system: You are a helpful assistant.
user:
Analyze the provided spectrum to determine if it is a **White Dwarf (WD)**.

A White Dwarf spectrum is defined by its **extreme purity** (due to gravitational settling) and/or **extreme pressure broadening** (due to high surface gravity). You must check for one of the following mutually exclusive signatures:

- **Key Visual Indicators (Check for ONE of these types):**

    - **1. DA-Type Signature (Most Common):**
        - **(Primary Feature):** Extreme pressure broadening (Stark broadening) of the **Hydrogen (H) Balmer lines**.
        - **(Key Lines):** $H\beta$ (approx. $4861$ Å) and $H\gamma$ (approx. $4340$ Å). $H\alpha$ (approx. $6563$ Å) will also be present if the wavelength range covers it.
        - **(Line Profile):** This is the **defining feature**. The lines are **NOT** sharp. They appear as massive, **extremely broad and deep "troughs" or "dips"** in the spectrum, often hundreds of Ångströms wide. The continuum will appear to "scoop" down at these wavelengths.
        - **(Distinction):** Normal A-type or B-type stars have *narrow* and *sharp* Hydrogen lines. A DA White Dwarf's lines are unmistakably "smeared" or "blurry" from pressure.

    - **2. DB-Type Signature:**
        - **(Primary Feature):** Broad absorption lines from **Neutral Helium (He I)**. The spectrum must lack any visible Hydrogen lines.
        - **(Key Lines):** Look for broad absorption near $4471$ Å, $4921$ Å, and $5876$ Å.
        - **(Line Profile):** These lines are also significantly pressure-broadened, appearing much wider than they would in a normal B-type main-sequence star.

    - **3. DC-Type Signature:**
        - **(Primary Feature):** A **featureless continuous spectrum**.
        - **(Line Profile):** The spectrum is a smooth curve with **no significant absorption or emission lines**.
        - **(Key Confirmation):** The continuum is almost always **blue or white**, indicating a hot object. This signature implies the atmosphere is so pure (or so cool) that no spectral lines are visible in the optical range. Its WD identity is confirmed by its extremely low intrinsic brightness (high absolute magnitude).

    - **4. DZ-Type Signature (Metal-Polluted):**
        - **(Primary Feature):** **Isolated, narrow metal absorption lines** on an otherwise featureless (DC-like) continuum.
        - **(Key Lines):** The **Calcium (Ca II) H & K doublet** (approx. **$3934$ Å** and **$3968$ Å**) is the most common and defining feature.
        - **(Line Profile):** These lines are "out of place." They are *not* part of a "forest" of thousands of lines. This signature is evidence of recent *accretion* (pollution) from rocky debris.
        - **(Distinction):** Normal G/K/M stars have a *dense forest* of thousands of metal lines. A DZ has a *clean* continuum with *only a few* strong metal lines.

    - **5. DQ-Type Signature (Carbon-Polluted):**
        - **(Primary Feature):** Absorption bands from **Carbon (C₂ "Swan Bands" or atomic C I)**.
        - **(Key Lines - C₂):** Look for bandheads with a "saw-tooth" shape near $5635$ Å, **$5165$ Å** (strongest), and $4737$ Å.
        - **(Key Confirmation):** The underlying **continuum must be blue or white** (hot).
        - **(Distinction):** This is the critical difference from a **Carbon Star**, which has the *exact same* C₂ bands but on an extremely **red, cool** continuum.

- **(Overall Spectrum):**
    - The continuum (overall shape) is typically **blue-sloping** (brighter in the blue than the red), as most white dwarfs are very hot.
    - The spectrum will look "pure" or "simple," dominated by only *one* of the five signatures listed above.

Think first, call **spectral_visualization_tool** if needed to examine features in detail, then provide your final answer. Your response must adhere to the following strict rules:
1.  **Overall Structure:** Your response must follow the format `<think>...</think> <tool_call>...</tool_call> (if a tool is used) <answer>...</answer>`.
2.  **Tool Usage Constraint:** You may only make **one** tool call per turn.
3.  **Final Answer Format:** In the `<answer>` tag, your conclusion must be inside a `\boxed{}` command (e.g., `\boxed{YES}` or `\boxed{NO}`), followed by your justification.

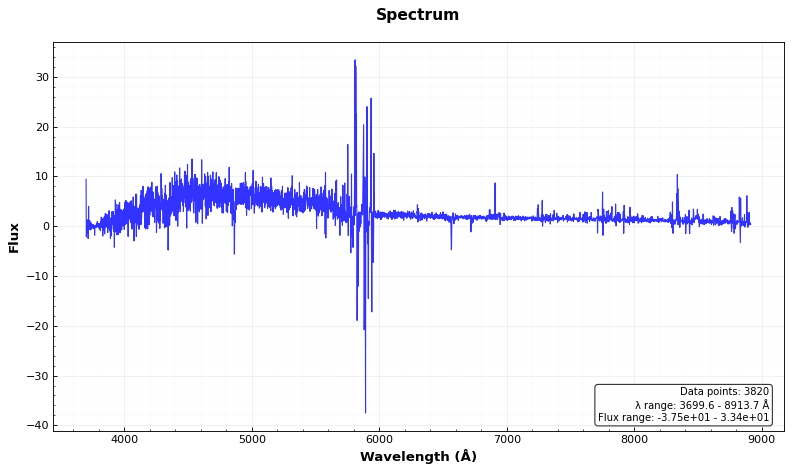
Answer: YES